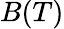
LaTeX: B(T)